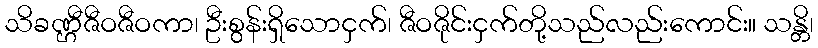
သိခဏ္ဌီဇီဝဇီဝကာ၊ ဦးစွန်းရှိသောငှက်၊ ဇီဝဇိုင်းငှက်တို့သည်လည်းကောင်း။ သန္တိ၊